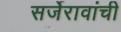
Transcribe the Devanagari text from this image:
सर्जेरावांची